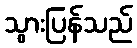
သွားပြန်သည်